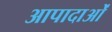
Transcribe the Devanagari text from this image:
आपादाओं